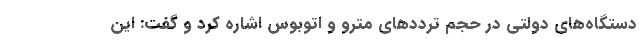
دستگاه‌های دولتی در حجم ترددهای مترو و اتوبوس اشاره کرد و گفت: این